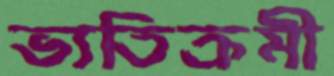
ভ্যতিক্রমী